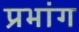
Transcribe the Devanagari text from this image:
प्रभांग